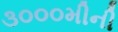
૩૦૦૦મીની